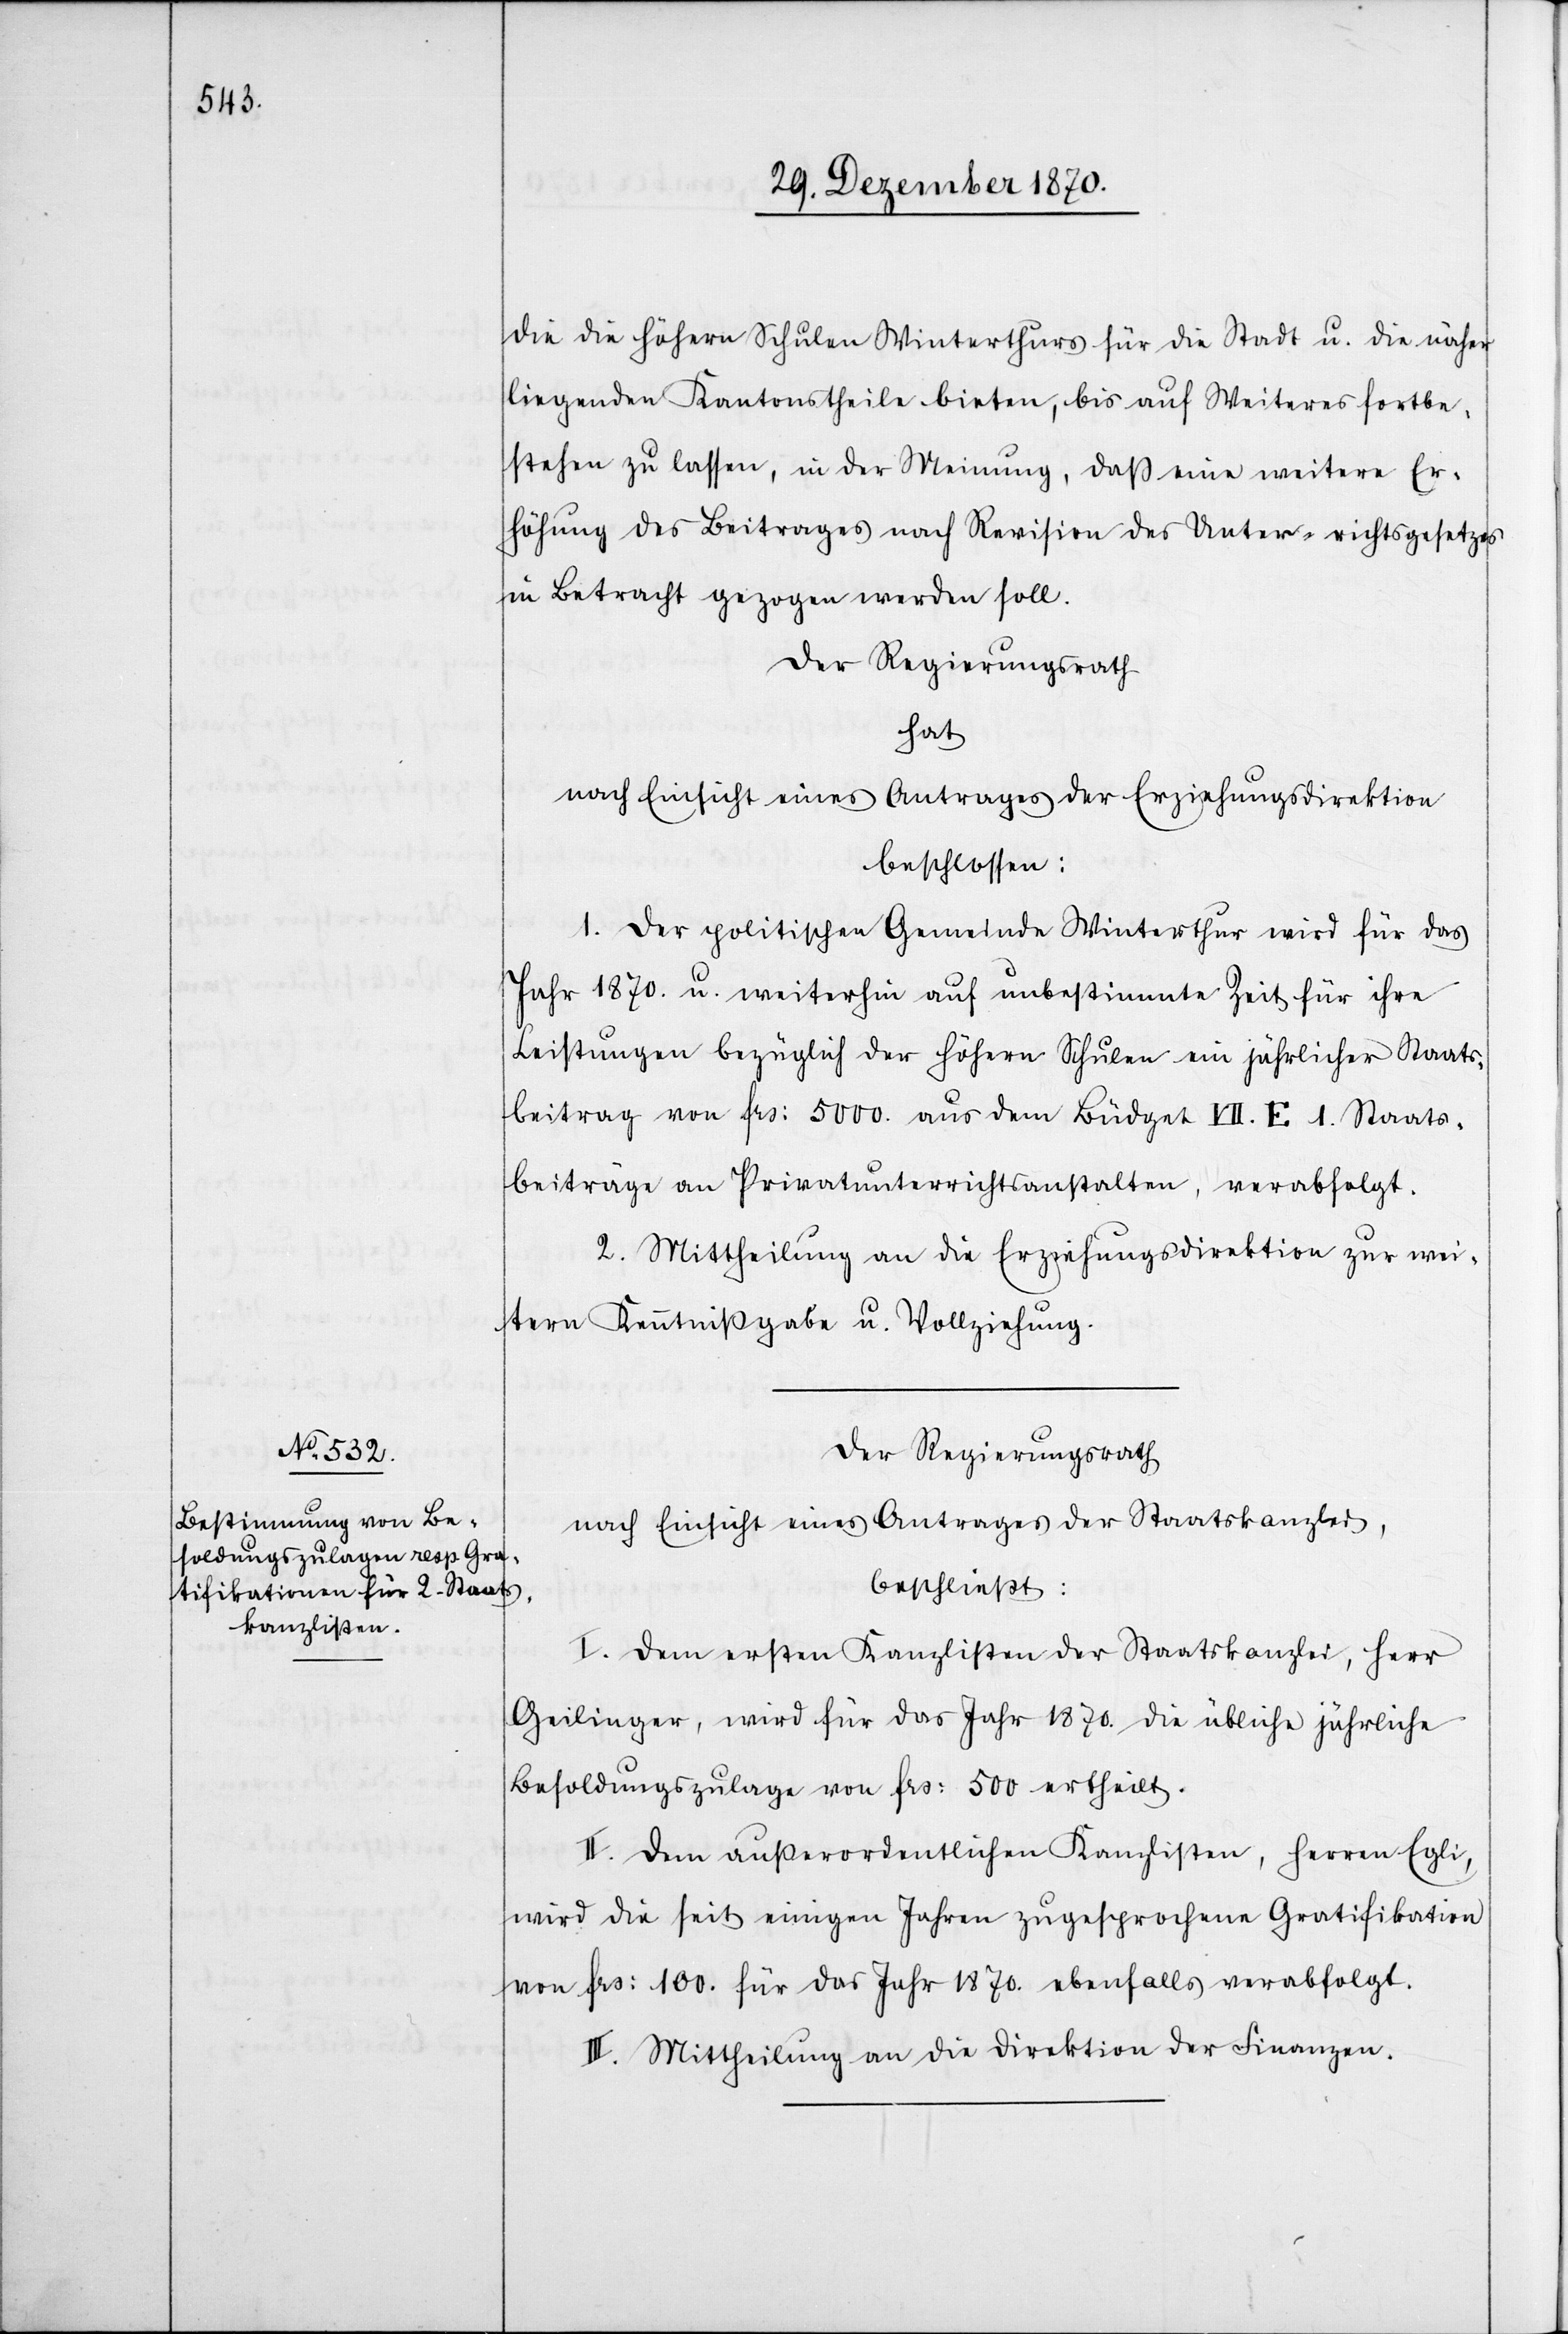
die die höhern Schulen Winterthurs für die Stadt u. die näher
liegenden Kantonsstheile bieten, bis auf Weiteres fortbe¬
stehen zu lassen, in der Meinung, daß eine weitere Er¬
höhung des Beitrages nach Revision des Unterrichtsgesetzes
in Betracht gezogen werden soll.
Der Regierungsrath
hat
nach Einsicht eines Antrages der Erziehungsdirektion
beschlossen:
1. Der politischen Gemeinde Winterthur wird für das
Jahr 1870. u. weiterhin auf unbestimmte Zeit für ihre
Leistungen bezüglich der höhern Schulen ein jährlicher Staats¬
beitrag von Frs: 5000. aus dem Büdget VII. E 1. Staats¬
beiträge an Privatunterrichtsanstalten, verabfolgt.
2. Mittheilung an die Erziehungsdirektion zur wei¬
tern Kenntnißgabe u. Vollziehung.
Der Regierungsrath
nach Einsicht eines Antrages der Staatskanzlei,
beschließt:
I. Dem ersten Kanzlisten der Staatskanzlei, Herr
Geilinger, wird für das Jahr 1870. die übliche jährliche
Besoldungszulage von Frs: 500 ertheilt.
II. Dem außerordentlichen Kanzlisten, Herren Egli,
wird die seit einigen Jahren zugesprochene Gratifikation
von Frs: 100. für das Jahr 1870. ebenfalls verabfolgt.
III. Mittheilung an die Direktion der Finanzen.